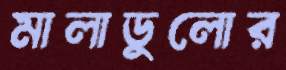
মালাডুলোর